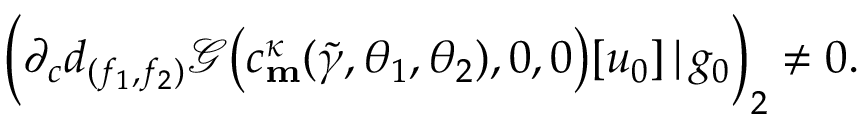
\Big ( \partial _ { c } d _ { ( f _ { 1 } , f _ { 2 } ) } \mathscr { G } \big ( c _ { \mathbf { m } } ^ { \kappa } ( \widetilde { \gamma } , \theta _ { 1 } , \theta _ { 2 } ) , 0 , 0 \big ) [ u _ { 0 } ] \, | \, g _ { 0 } \Big ) _ { 2 } \neq 0 .